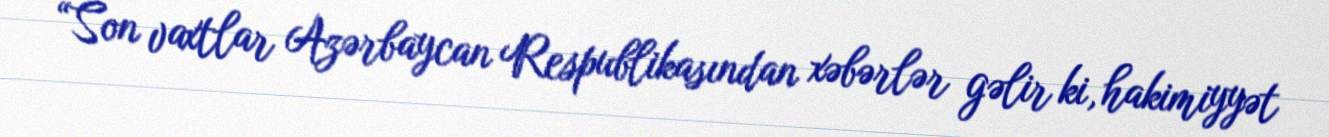
“Son vaxtlar Azərbaycan Respublikasından xəbərlər gəlir ki, hakimiyyət